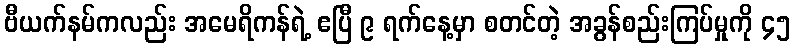
ဗီယက်နမ်ကလည်း အမေရိကန်ရဲ့ ဧပြီ ၉ ရက်နေ့မှာ စတင်တဲ့ အခွန်စည်းကြပ်မှုကို ၄၅